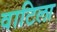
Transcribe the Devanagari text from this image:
वाटिला